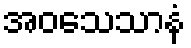
အဝသေသာနံ